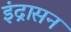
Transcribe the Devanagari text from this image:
इंद्रासन